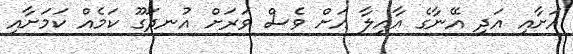
އަށާއި އަދި އޭނާގެ އާއިލާ އަށް ވެސް ވަރަށް އުނދަގޫ ކަމެއް ކަމަށާއި